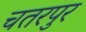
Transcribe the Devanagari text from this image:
चतरपुर